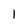
Character: 1